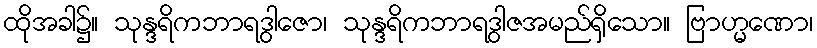
ထိုအခါ၌။ သုန္ဒရိကဘာရဒွါဇော၊ သုန္ဒရိကဘာရဒွါဇအမည်ရှိသော။ ဗြာဟ္မဏော၊